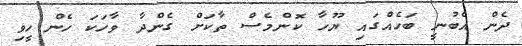
ދެން އެބުނީ ބަހެއްގައި ޔޫހާ ކޮންމެސް ތާކަށް ގެންދާ ވާހަކަ ހެން ހީވި